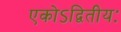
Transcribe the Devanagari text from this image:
एकोऽद्वितीयः